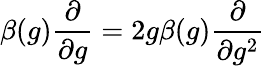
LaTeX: \beta(g)\frac{\partial}{\partial g}=2g\beta(g)\frac{\partial}{\partial g^{2}}